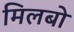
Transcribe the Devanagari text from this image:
मिलबो